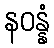
နဝန္နံ